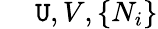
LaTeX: ~~~~~\mathtt{U},V,\{ N_{i}\}